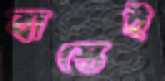
বাস্তেই